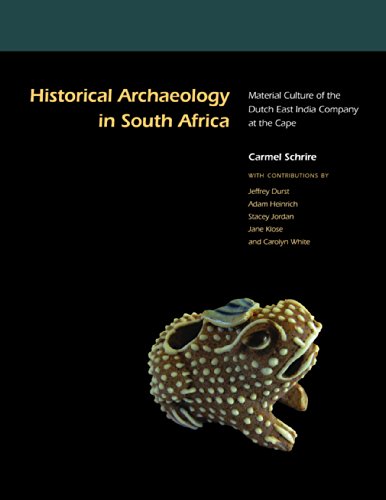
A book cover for Historical Archaeology in South Africa: Material Culture of the Dutch East India Company at the Cape; History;